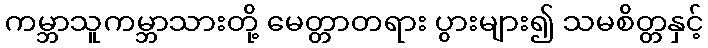
ကမ္ဘာသူကမ္ဘာသားတို့ မေတ္တာတရား ပွားများ၍ သမစိတ္တနှင့်